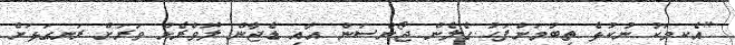
"އެކމަކު ނުކުޅެ ތިބުމަށްފަހު ގެލެން ޖޯންސަން އާއި ޑެޖާން ލޮވްރެން ވަރަށް ރަނގަޅަށް